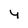
Character: 4